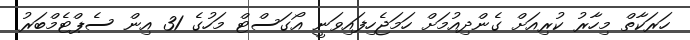
ހަރަކާތް މިހާރު ކުރިއަށް ގެންދިއުމަށް ހަމަޖެހިފައިވަނީ އޯގަސްޓް މަހުގެ 31 އިން ސެޕްޓެމްބަރު